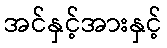
အင်နှင့်အားနှင့်